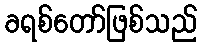
ခရစ်တော်ဖြစ်သည်